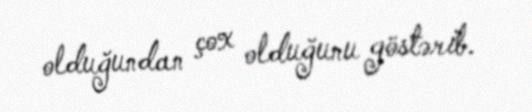
olduğundan çox olduğunu göstərib.